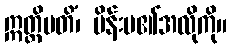
ဣတ္ထိမတိံ၊ မိန်းမ၏အလိုကို။